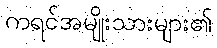
ကရင်အမျိုးသားများ၏